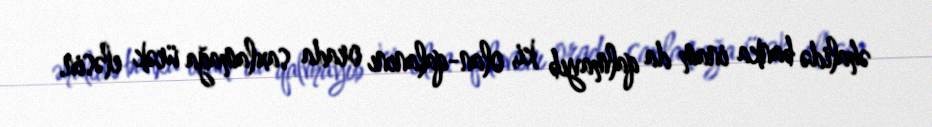
əhalidə banka inam da qalmayıb ki, olan-qalanını orada saxlamağa ürək eləsin.